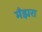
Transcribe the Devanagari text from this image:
मँझरा